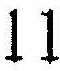
11